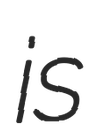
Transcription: is